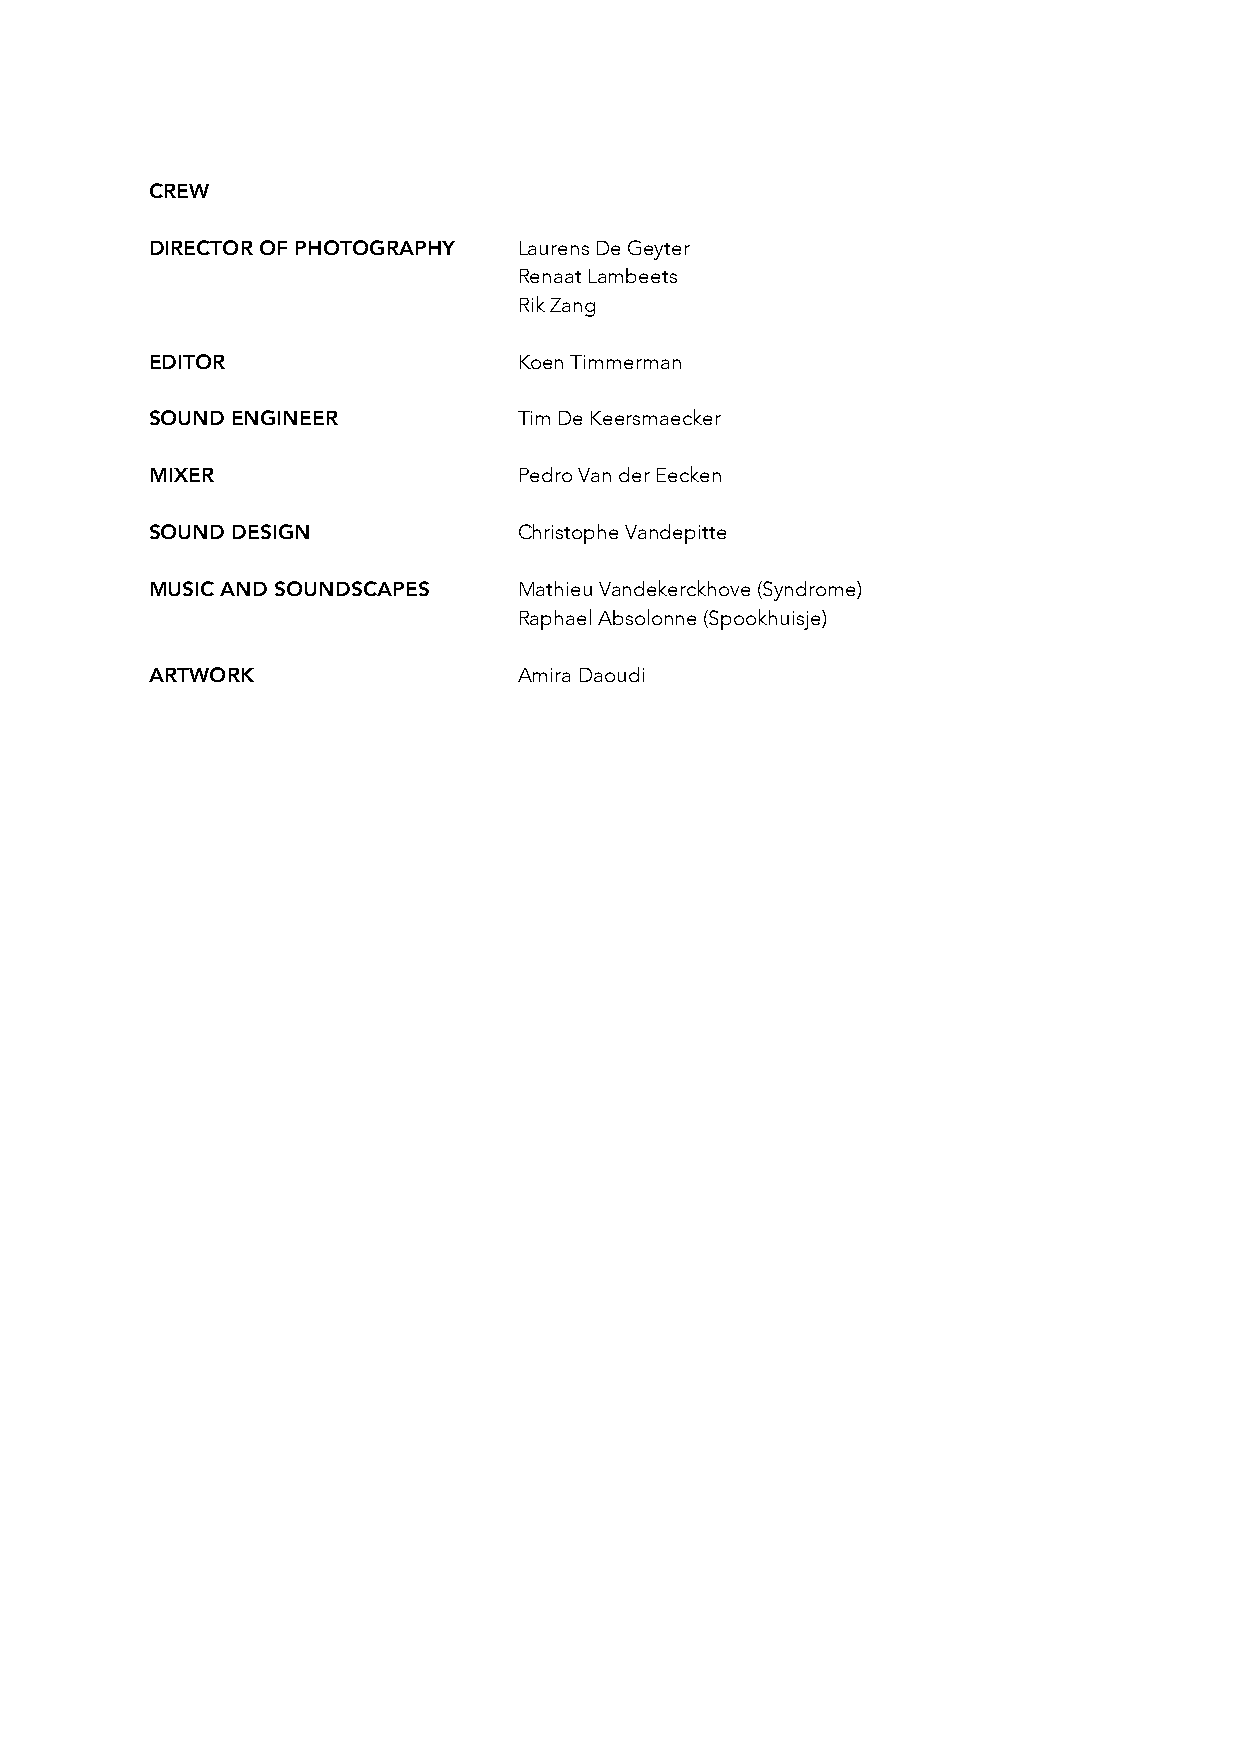
CREW
 DIRECTOR OF PHOTOGRAPHY Laurens De Geyter
 Renaat Lambeets
 Rik Zang
 EDITOR                  Koen Timmerman
 SOUND ENGINEER          Tim De Keersmaecker
 MIXER                   Pedro Van der Eecken
 SOUND DESIGN            Christophe Vandepitte
 MUSIC AND SOUNDSCAPES   Mathieu Vandekerckhove (Syndrome)
 Raphael Absolonne (Spookhuisje)
 ARTWORK                 Amira Daoudi